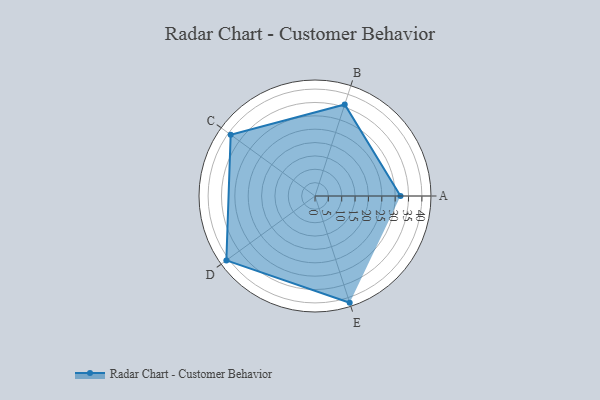
{"axis": {"x": "Skill", "y": "Score"}, "legend": ["Profile"], "data": [{"x": "A", "y": 32.0, "type": "Profile"}, {"x": "B", "y": 36.0, "type": "Profile"}, {"x": "C", "y": 39.0, "type": "Profile"}, {"x": "D", "y": 41.0, "type": "Profile"}, {"x": "E", "y": 42.0, "type": "Profile"}]}